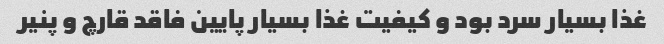
غذا بسیار سرد بود و کیفیت غذا بسیار پایین فاقد قارچ و پنیر